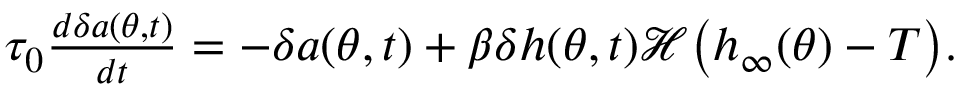
\begin{array} { r } { \tau _ { 0 } \frac { d \delta a ( \theta , t ) } { d t } = - \delta a ( \theta , t ) + \beta \delta h ( \theta , t ) \mathcal { H } \big ( h _ { \infty } ( \theta ) - T \big ) . } \end{array}